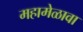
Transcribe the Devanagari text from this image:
महामेळावा